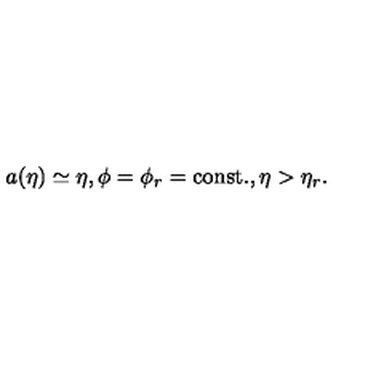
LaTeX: a ( \eta ) \simeq \eta , \phi = \phi _ { r } = \mathrm { c o n s t . } , \eta > \eta _ { r } .